Indian journal of veterinary science and animal husbandry - Volumes 22-23, 1952-1953
Year: 1952
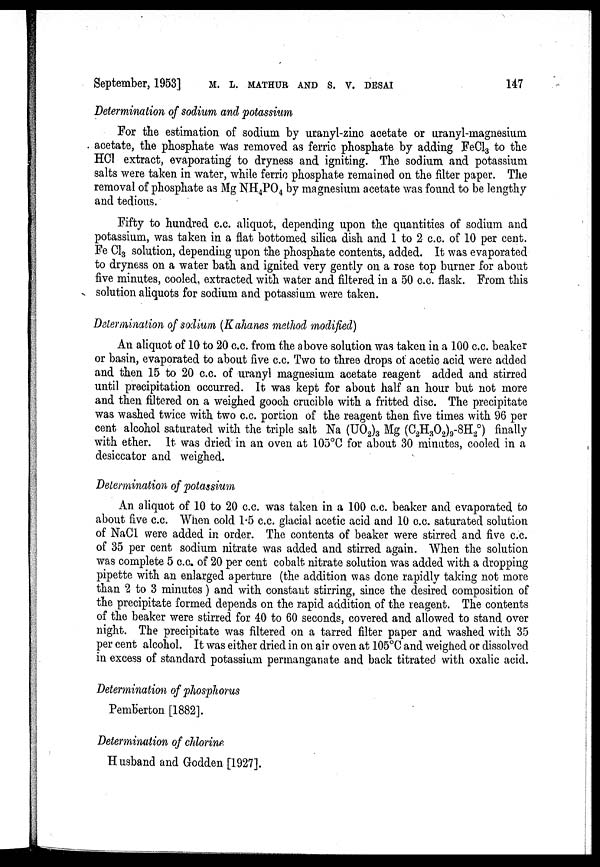
September, 1953]
M. L. MATHUR AND S. V. DESAI 147
Determination of sodium and potassium
For the estimation of sodium by uranyl-zinc acetate or uranyl-rnagnesium
acetate, the phosphate was removed as ferric phosphate by adding FeCl 3 to the
HCl extract, evaporating to dryness and igniting. The sodium and potassium
salts were taken in water, while ferric phosphate remained on the filter paper. The
removal of phosphate as Mg NH 4 PO 4 by magnesium acetate was found to be lengthy
and tedious.
Fifty to hundred c.c. aliquot, depending upon the quantities of sodium and
potassium, was taken in a flat bottomed silica dish and 1 to 2 c.c. of 10 per cent.
Fe Cl 3 solution, depending upon the phosphate contents, added. It was evaporated
to dryness on a water bath and ignited very gently on a rose top burner for about
five minutes, cooled, extracted with water and filtered in a 50 c.c. flask. From this
solution aliquots for sodium and potassium were taken.
Determination of sodium (Kahanes method modified)
An aliquot of 10 to 20 c.c. from the above solution was taken in a 100 c.c. beaker
or basin, evaporated to about five c.c. Two to three drops of acetic acid were added
and then 15 to 20 c.c. of uranyl magnesium acetate reagent added and stirred
until precipitation occurred. It was kept for about half an hour but not more
and then filtered on a weighed gooch crucible with a fritted disc. The precipitate
was washed twice with two c.c. portion of the reagent then five times with 96 per
cent alcohol saturated with the triple salt Na (UO 2 ) 3 Mg (C 2 H 3 O 2 ) 9 -8H 2°) finally
with ether. It was dried in an oven at 105°C for about 30 minutes, cooled in a
desiccator and weighed.
Determination of potassium
An aliquot of 10 to 20 c.c. was taken in a 100 c.c. beaker and evaporated to
about five c.c. When cold 1.5 c.c. glacial acetic acid and 10 c.c. saturated solution
of NaCl were added in order. The contents of beaker were stirred and five c.c.
of 35 per cent sodium nitrate was added and stirred again. When the solution
was complete 5 c.c. of 20 per cent cobalt nitrate solution was added with a dropping
pipette with an enlarged aperture (the addition was done rapidly taking not more
than 2 to 3 minutes) and with constant stirring, since the desired composition of
the precipitate formed depends on the rapid addition of the reagent. The contents
of the beaker were stirred for 40 to 60 seconds, covered and allowed to stand over
night. The precipitate was filtered on a tarred filter paper and washed with 35
per cent alcohol. It was either dried in on air oven at 105°C and weighed or dissolved
in excess of standard potassium permanganate and back titrated with oxalic acid.
Determination of phosphorus
Pemberton [1882].
Determination of chlorine
Husband and Godden [1927].